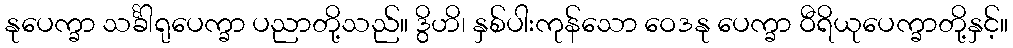
နုပေက္ခာ သင်္ခါရုပေက္ခာ ပညာတို့သည်။ ဒွိဟိ၊ နှစ်ပါးကုန်သော ဝေဒနု ပေက္ခာ ဝီရိယုပေက္ခာတို့နှင့်။